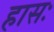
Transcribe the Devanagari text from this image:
हासः